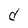
Character: d